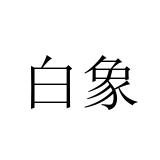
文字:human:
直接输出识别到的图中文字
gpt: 白象